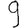
Digit: 9